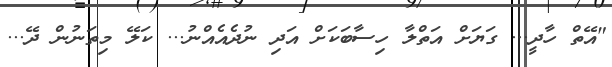
"އޭތް ހާދީ... ގަޔަށް އަތްލާ ހިސާބަކަށް އަދި ނުދެއެއްނު... ކަލޭ މިތަނުން ދޭ...